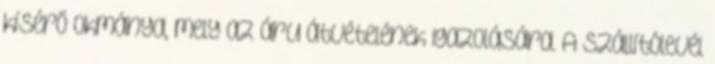
kísérő okmánya, mely az áru átvételének igazolására. A szállítólevél